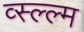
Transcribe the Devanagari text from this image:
व्स्ल्ल्म